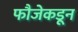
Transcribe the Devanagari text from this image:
फौजेकडून